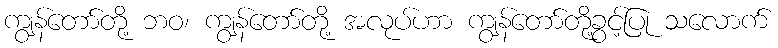
ကျွန်တော်တို့ ဘဝ၊ ကျွန်တော်တို့ အလုပ်ဟာ ကျွန်တော်တို့ခွင့်ပြု သလောက်